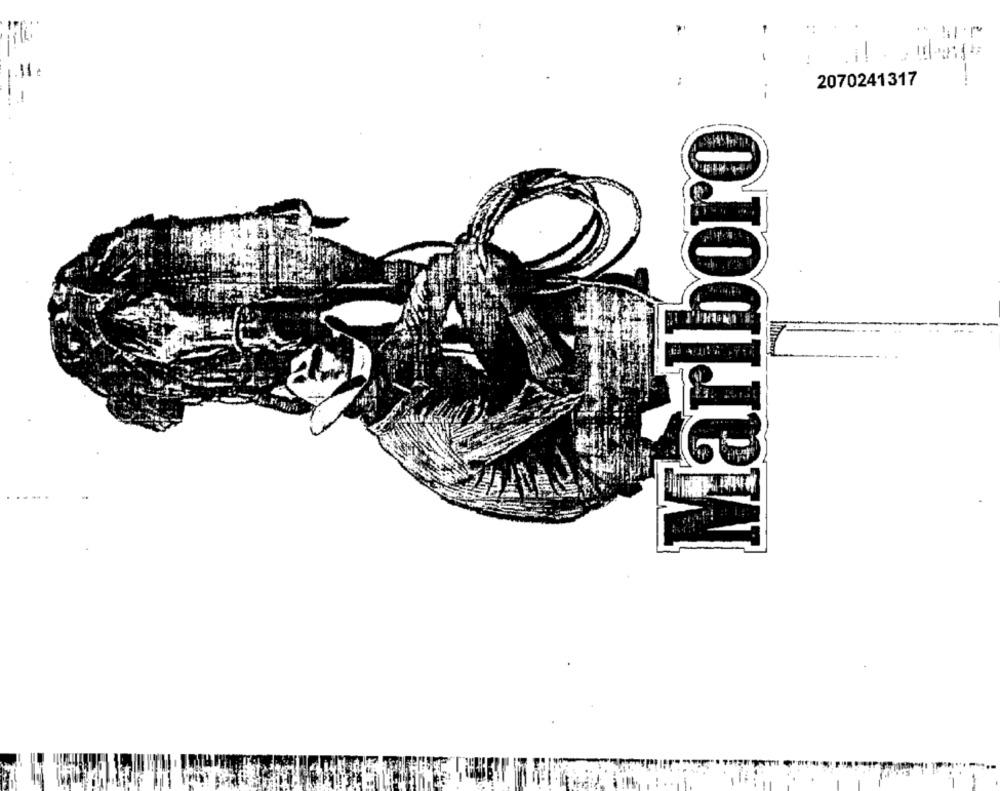
-
2070241317
--
Marlboro